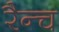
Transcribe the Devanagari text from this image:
रैन्च